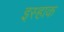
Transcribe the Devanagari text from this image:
इस्हाक